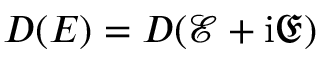
D ( E ) = D ( \mathcal { E } + \mathrm { i } \mathfrak { E } )